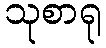
သုစာရု